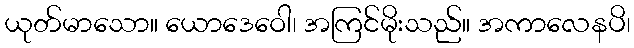
ယုတ်မာသော။ ယောဒေဝေါ၊ အကြင်မိုးသည်။ အကာလေနပိ၊